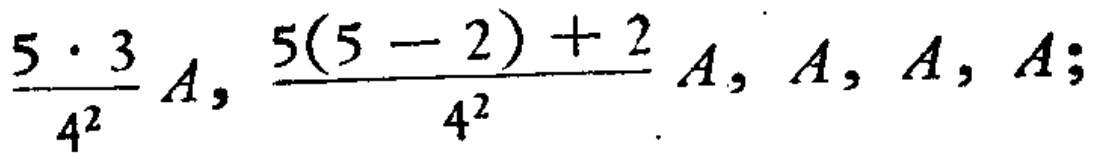
$\frac{5 \cdot 3}{4^{2}} A, \frac{5(5 - 2)+2}{4^{2}} A, A, A, A;$